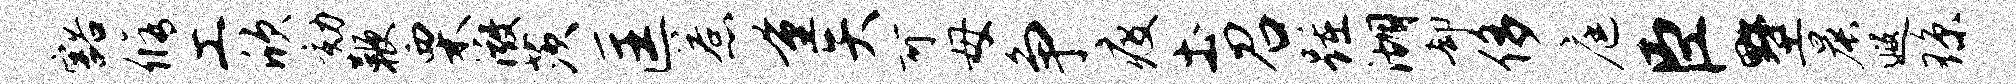
豁修工欣劾鞭栗微茨匡惹量矢可母争疫土召踵湖却侈庭臣墅晨遐琼